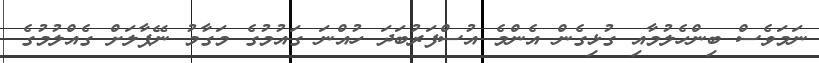
ނަމަވެސް ބިންހެލުމާއި ގުޅިގެން އެންމެ އުސްފަރުބަދަ ހުއްނަ ގައުމުގެ މަގާމު ނޭޕާލަށް ގެއްލުމުގެ